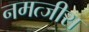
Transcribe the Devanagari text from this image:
नमत्जीरा